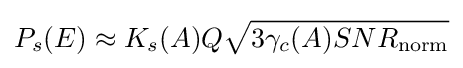
P_{s}(E)\approx K_{s}(A)Q{\sqrt {3\gamma _{c}(A)SNR_{\mathrm {norm} }}}